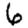
Digit: 6